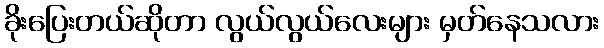
ခိုးပြေးတယ်ဆိုတာ လွယ်လွယ်လေးများ မှတ်နေသလား